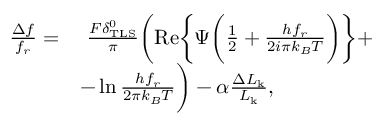
\begin{array} { r l } { \frac { \Delta f } { f _ { r } } = } & { ~ \frac { F \delta _ { \mathrm { T L S } } ^ { 0 } } { \pi } \bigg ( \mathrm { R e } \bigg \{ \Psi \bigg ( \frac { 1 } { 2 } + \frac { h f _ { r } } { 2 i \pi k _ { B } T } \bigg ) \bigg \} + } \\ & { - \ln { \frac { h f _ { r } } { 2 \pi k _ { B } T } } \bigg ) - \alpha \frac { \Delta L _ { \mathrm { k } } } { L _ { \mathrm { k } } } , } \end{array}